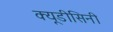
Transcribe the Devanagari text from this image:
क्यूडीसिनी